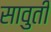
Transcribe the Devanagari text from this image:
सावुती